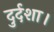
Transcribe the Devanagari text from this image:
दुर्दशा।